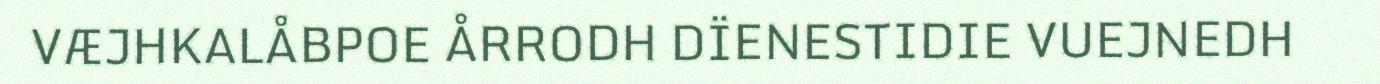
VÆJHKALÅBPOE ÅRRODH DÏENESTIDIE VUEJNEDH